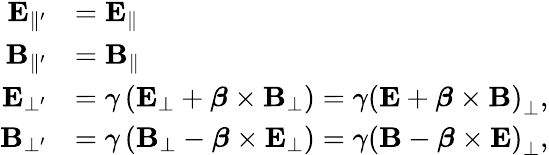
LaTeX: {\begin{array}{rl}{\mathbf{E}_{\parallel^{\prime}}}&{=\mathbf{E}_{\parallel}}\\ {\mathbf{B}_{\parallel^{\prime}}}&{=\mathbf{B}_{\parallel}}\\ {\mathbf{E}_{\bot^{\prime}}}&{=\gamma\left(\mathbf{E}_{\bot}+{\boldsymbol{\beta}}\times\mathbf{B}_{\bot}\right)=\gamma\left(\mathbf{E}+{\boldsymbol{\beta}}\times\mathbf{B}\right)_{\bot},}\\ {\mathbf{B}_{\bot^{\prime}}}&{=\gamma\left(\mathbf{B}_{\bot}-{\boldsymbol{\beta}}\times\mathbf{E}_{\bot}\right)=\gamma\left(\mathbf{B}-{\boldsymbol{\beta}}\times\mathbf{E}\right)_{\bot},}\end{array}}